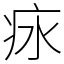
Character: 㽷